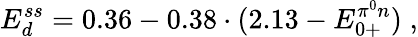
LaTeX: E_{d}^{ss}=0.36-0.38\cdot(2.13-E_{0+}^{{\pi^{0}}n})\; ,